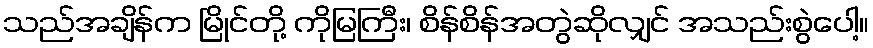
သည်အချိန်က မြိုင်တို့ ကိုမြကြီး၊ စိန်စိန်အတွဲဆိုလျှင် အသည်းစွဲပေါ့။